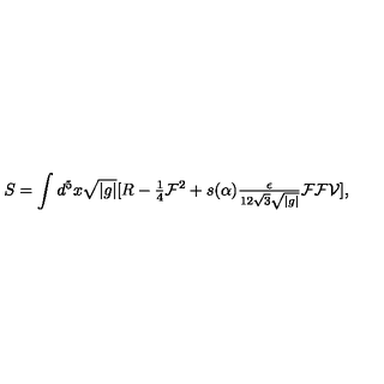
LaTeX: S = \int d ^ { 5 } x \sqrt { | g | } [ R - { \textstyle \frac { 1 } { 4 } } \mathcal { F } ^ { 2 } + s ( \alpha ) { \textstyle \frac { \epsilon } { 1 2 \sqrt { 3 } \sqrt { | g | } } } \mathcal { F } \mathcal { F } \mathcal { V } ] ,